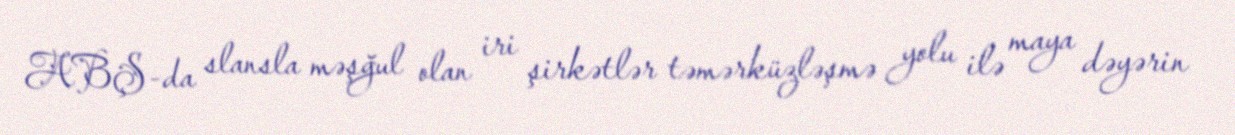
ABŞ-da slansla məşğul olan iri şirkətlər təmərküzləşmə yolu ilə maya dəyərin